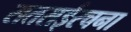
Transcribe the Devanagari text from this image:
सतसईरचना